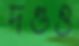
দণ্ডও